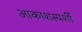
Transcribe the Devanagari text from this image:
आकाशस्पर्शी